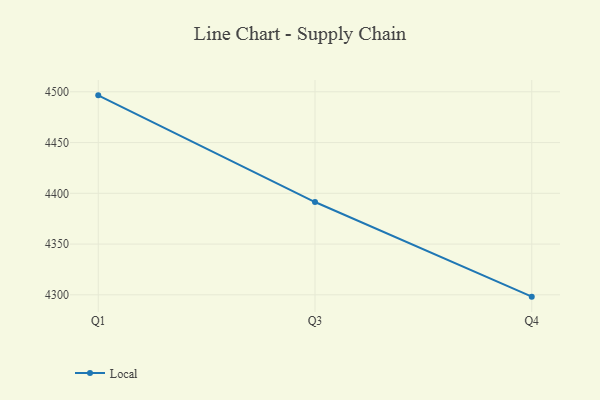
{"axis": {"x": "Quarter", "y": "Net Income (USD K)"}, "legend": ["Local"], "data": [{"x": "Q1", "y": 4496.5, "type": "Local"}, {"x": "Q3", "y": 4391.4, "type": "Local"}, {"x": "Q4", "y": 4298.2, "type": "Local"}]}